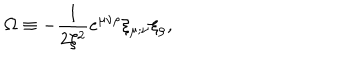
\Omega \equiv - \frac { 1 } { 2 \xi ^ { 2 } } e ^ { \mu \nu \rho } \xi _ { \mu ; \nu } \xi _ { \rho } ,